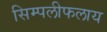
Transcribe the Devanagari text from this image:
सिम्पलीफलाय